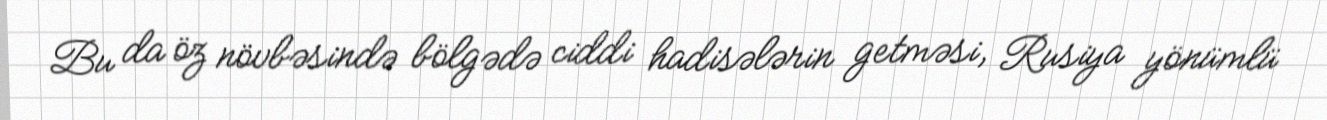
Bu da öz növbəsində bölgədə ciddi hadisələrin getməsi, Rusiya yönümlü